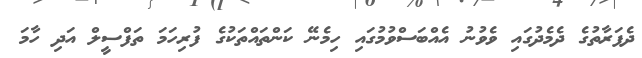
ދެފަރާތުގެ ދެމެދުގައި ވެވުނު އެއްބަސްވުމުގައި ހިމެނޭ ކަންތައްތަކުގެ ފުރިހަމަ ތަފްސީލް އަދި ހާމަ